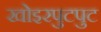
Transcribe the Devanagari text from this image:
खोइरपुटपुट